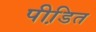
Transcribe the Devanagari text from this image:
पीडि़त